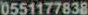
0551177838